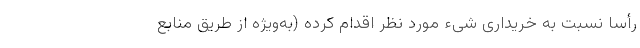
رأسا نسبت به خریداری شیء مورد نظر اقدام کرده (به‌ویژه از طریق منابع